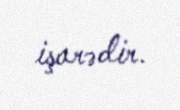
işarədir.